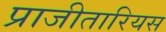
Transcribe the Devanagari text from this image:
प्राजीतारियस